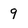
Character: 9